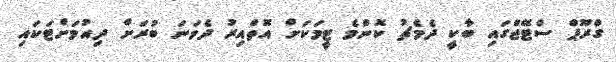
ގްރޫޕް ސްޓޭޖްގައި ބާކީ ދެމެޗު ކޮންމެ ޓީމަކަށް އޮތްއިރު ދެވަނަ ބުރަށް ދިއުމަށްޓަކައި